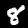
Digit: 8